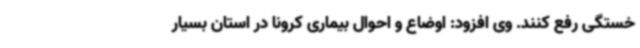
خستگی رفع کنند. وی افزود: اوضاع و احوال بیماری کرونا در استان بسیار